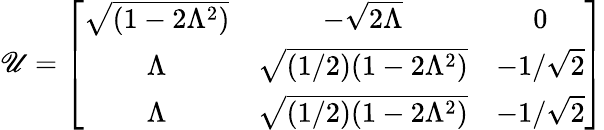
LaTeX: \mathscr{U}=\left[\begin{array}{ccc}{{\sqrt{(1-2\Lambda^{2})}}}&{{-\sqrt{2\Lambda}}}&{{0}}\\ {{\Lambda}}&{{\sqrt{(1/2)(1-2\Lambda^{2})}}}&{{-1/\sqrt{2}}}\\ {{\Lambda}}&{{\sqrt{(1/2)(1-2\Lambda^{2})}}}&{{-1/\sqrt{2}}}\end{array}\right]